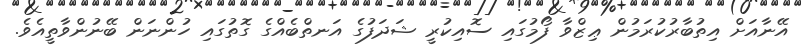
އޭނާއަށް އިތުބާރުކުރަމުން ޢިޒްވާ ފޯމުގައި ސޮއިކުރީ ޝަދަފުގެ އަނތްބެއްގެ ގޮތުގައި ހުންނަން ބޭނުންވާތީއެވެ.